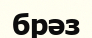
брәз